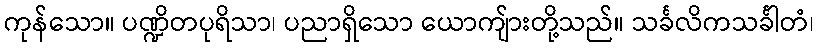
ကုန်သော။ ပဏ္ဍိတပုရိသာ၊ ပညာရှိသော ယောကျ်ားတို့သည်။ သင်္ခလိကသင်္ခါတံ၊